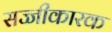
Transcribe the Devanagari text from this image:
सज्जीकारक